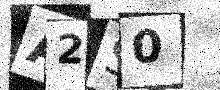
Text: A2S0